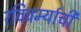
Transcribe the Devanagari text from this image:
रविवर्म्याची